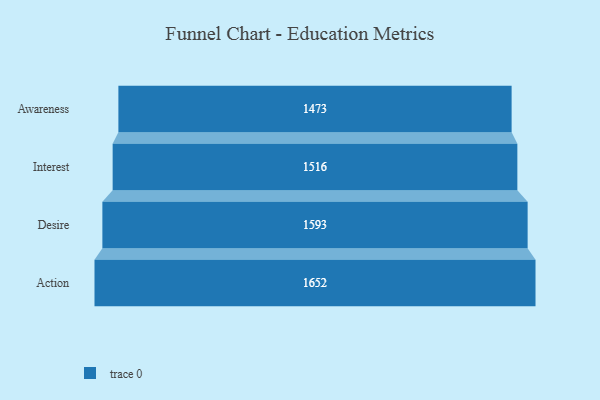
{"axis": {"x": "Stage", "y": "Value"}, "legend": [""], "data": [{"x": "Awareness", "y": 1473.0, "type": ""}, {"x": "Interest", "y": 1516.0, "type": ""}, {"x": "Desire", "y": 1593.0, "type": ""}, {"x": "Action", "y": 1652.0, "type": ""}]}